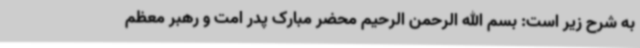
به شرح زیر است: بسم الله الرحمن الرحیم محضر مبارک پدر امت و رهبر معظم